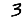
Digit: 3